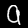
Digit: 9